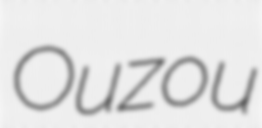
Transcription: Ouzou